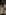
: